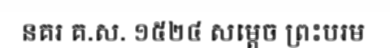
នគរ គ.ស. ១៥២៤ សម្តេច ព្រះបរម